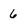
Character: 6